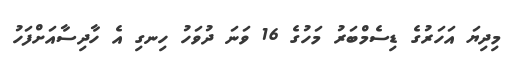
މިދިޔަ އަހަރުގެ ޑިސެމްބަރު މަހުގެ 16 ވަނަ ދުވަހު ހިނގި އެ ހާދިސާއަށްފަހު